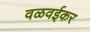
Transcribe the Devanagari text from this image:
वळवईकर